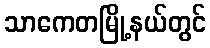
သာကေတမြို့နယ်တွင်